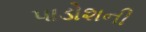
પાડોશની